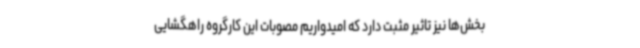
بخش‌ها نیز تاثیر مثبت دارد که امیدواریم مصوبات این کارگروه راهگشایی